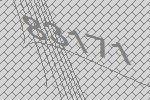
83171